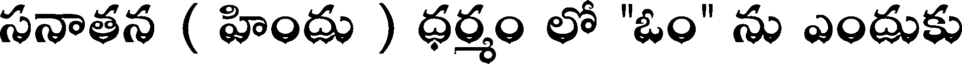
సనాతన ( హిందు ) ధర్మం లో "ఓం" ను ఎందుకు